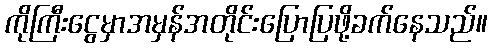
ကိုကြီးငွေမှာအမှန်အတိုင်းပြောပြဖို့ခက်နေသည်။